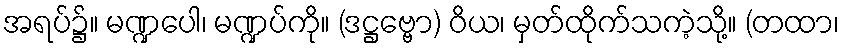
အရပ်၌။ မဏ္ဍပေါ၊ မဏ္ဍပ်ကို။ (ဒဋ္ဌဗ္ဗော) ဝိယ၊ မှတ်ထိုက်သကဲ့သို့။ (တထာ၊